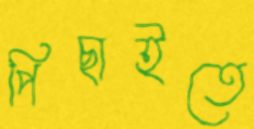
পিছাইতে